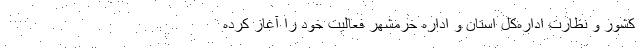
کشور و نظارت اداره‌کل استان و اداره خرمشهر فعالیت خود را آغاز کرده